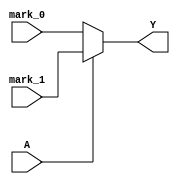
module single_variable_kmap (
    input wire A,           // Single binary input
    input wire mark_0,     // Mark for K-map cell when A = 0
    input wire mark_1,     // Mark for K-map cell when A = 1
    output wire Y          // Output of the logic function
);

// Combinational logic based on K-map functionality
assign Y = (A == 0) ? mark_0 : mark_1;

endmodule